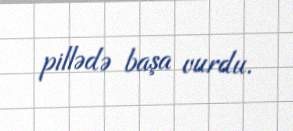
pillədə başa vurdu.